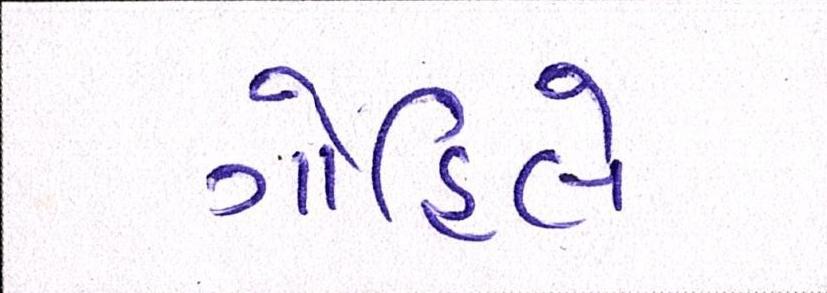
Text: ગોહિલે